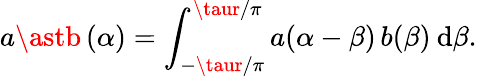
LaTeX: a\astb\, (\alpha)=\int_{-\taur/\pi}^{\taur/\pi}a(\alpha-\beta)\, b(\beta)\: \mathrm{d}\beta.